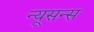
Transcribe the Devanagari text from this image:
न्यूसन्स